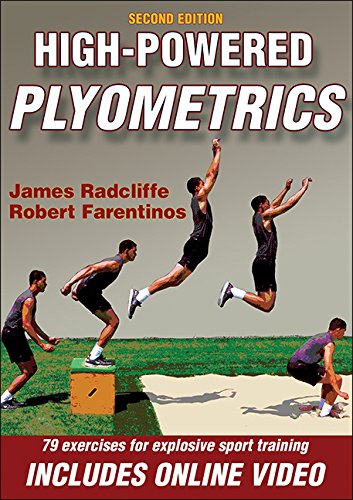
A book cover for High-Powered Plyometrics 2nd Edition; James C. Radcliffe; Medical Books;